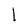
Character: l